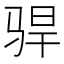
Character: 𫘣